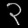
Digit: ၃